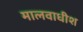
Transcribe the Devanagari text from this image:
मालवाधीश